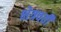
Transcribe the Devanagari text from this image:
क्षेत्रवर्ती